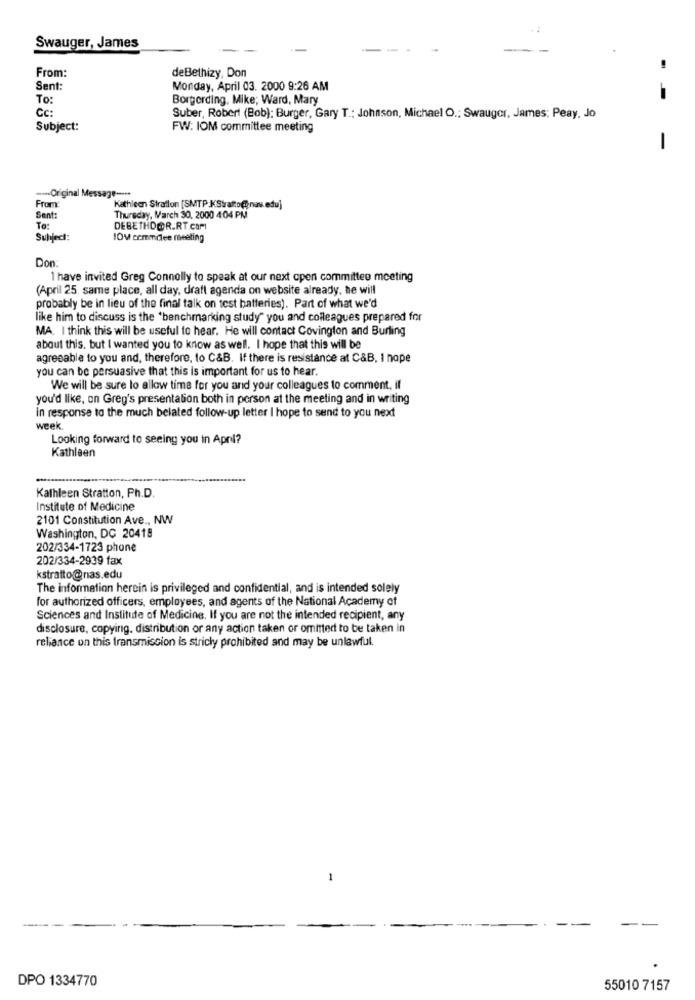
Swauger, James
de Bethizy, Don
From:
Sent:
Monday, April 03. 2000 9:26 AM
To:
Borgerding, Mike; Ward, Mary
- -
Cc:
Suber, Robert (Bob): Burger, Gary T .: Johnson, Michael O .; Swauger, James: Peay, Jo
Subject:
FW: IOM committee meeting
-
--- Original Message -- > **
From
Kathleen Straflon [SMTP KStratto@nas.edu]
Sent:
Thursday, March 30, 2000 404 PM
To:
DEBETHDOR.RT.COM
Subject:
IOM commitee meeting
Don
1 have invited Greg Connolly to speak at our next cpen committee meeting
(April 25. same place, all day, draft agenda on website already, he will
probably be in lieu of the final talk on test batteries). Part of what we'd
like him to discuss is the 'benchmarking study" you and colleagues prepared for
MA. I think this will be useful to hear. He will contact Covington and Burling
about this, but I wanted you to know as well. I hope that this will be
agreeable to you and, therefore, to C&B. If there is resistance at C&B, I nope
you can be persuasive that this is important for us to hear.
We will be sure lo allow time for you and your colleagues to comment, if
you'd like, on Greg's presentation both in person at the meeting and in writing
in response to the much belated follow-up letter I hope to send to you next
week
Looking forward to seeing you in April?
Kathleen
Kathleen Stratton, Ph.D.
Institute of Medicine
2101 Constitution Ave ., NW
Washington, DC 20418
202/334-1723 phone
202/334-2939 fax
kstratto@nas.edu
The information herein is privileged and confidential, and is intended solely
for authorized officers, employees, and agents of the National Academy of
Sciences and Institute of Medicine, If you are not the intended recipient, any
disclosure, copying, distribution or any action taken or omitted to be taken in
reliance on this transmission is stricly prohibited and may be unlawful.
-
DPO 1334770
55010 7157